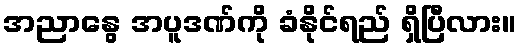
အညာနွေ အပူဒဏ်ကို ခံနိုင်ရည် ရှိပြီလား။